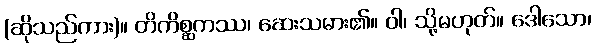
(ဆိုသည်ကား)။ တိကိစ္ဆကဿ၊ ဆေးသမား၏။ ဝါ၊ သို့မဟုတ်။ ဒေါသော၊